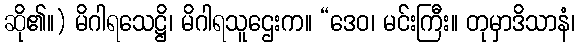
ဆို၏။) မိဂါရသေဋ္ဌိ၊ မိဂါရသူဌေးက။ “ဒေဝ၊ မင်းကြီး။ တုမှာဒိသာနံ၊